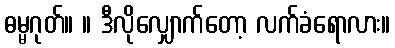
ဓမ္မဂုတ်။ ။ ဒီလိုလျှောက်တော့ လက်ခံရောလား။